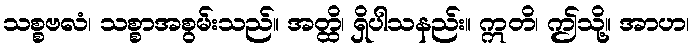
သစ္စဗလံ၊ သစ္စာအစွမ်းသည်။ အတ္ထိ၊ ရှိပါသနည်း။ ဣတိ၊ ဤသို့။ အာဟ၊